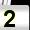
Digit: 2